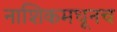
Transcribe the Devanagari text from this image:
नाशिकमधूनच